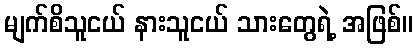
မျက်စိသူငယ် နားသူငယ် သားတွေရဲ့ အဖြစ်။